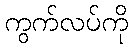
ကွက်လပ်ကို